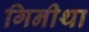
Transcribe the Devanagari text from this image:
गिनीथा